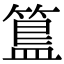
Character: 簋